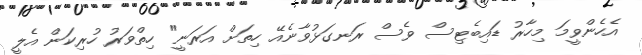
އެހެންވީމަ މިހާރު ޑައިބެޓިސް ވެސް ރަނގަޅުވާނެއޭ ހިތަށް އަރަނީ" ހިތްވަރު ހުރިކަން އެލީ